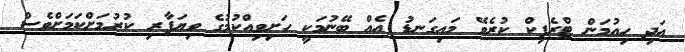
އަދި ހިއުމަން ޓްރެފިކް ކުރެވޭ މައިގަނޑު އެއް ބޭނުމަކީ ހަށިވިއްކުމުގެ ވިޔަފާރި ކުރުމަށްކަމަށްވެސް